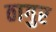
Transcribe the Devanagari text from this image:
ठागुर